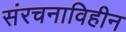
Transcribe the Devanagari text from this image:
संरचनाविहीन